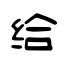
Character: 给